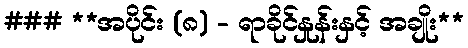
### **အပိုင်း (၈) - ရာခိုင်နှုန်းနှင့် အချိုး**